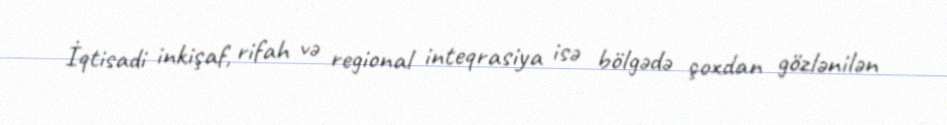
İqtisadi inkişaf, rifah və regional inteqrasiya isə bölgədə çoxdan gözlənilən